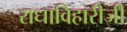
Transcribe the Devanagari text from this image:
राधाविहारीजी